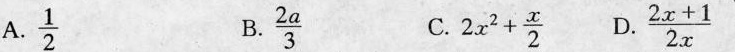
A. \frac{1}{2} B. \frac{2a}{3} C. 2x^{2}+ \frac{x}{2} D. \frac{2x+1}{2x}